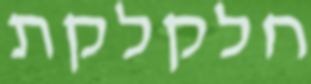
חלקלקת